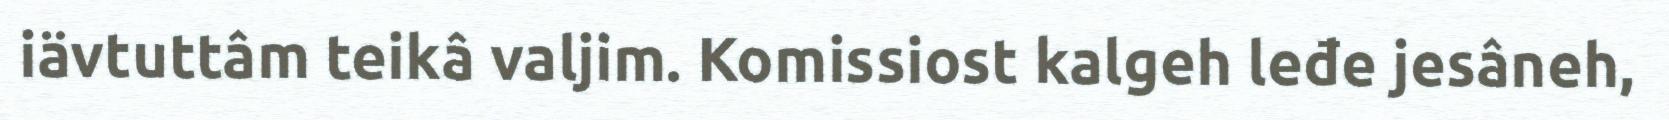
iävtuttâm teikâ valjim. Komissiost kalgeh leđe jesâneh,